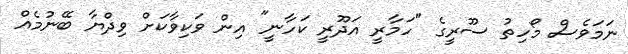
ނަމަވެސް މޯހިތު ސޫރީގެ "ހަމާރީ އަދޫރީ ކަހާނީ" އިން ވަކިވާކަށް ވިދްޔާ ބޭނުމެއް